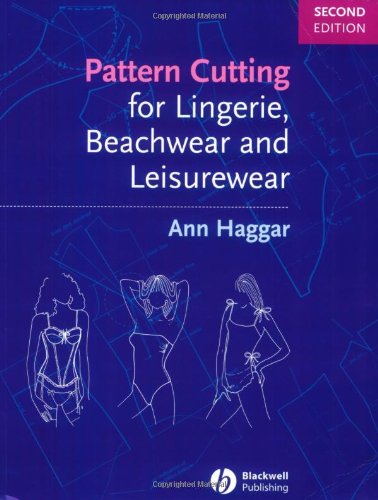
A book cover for Pattern Cutting for Lingerie, Beachwear and Leisurewear; Ann Haggar; Business & Money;